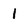
Character: 1